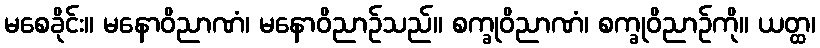
မစေခိုင်း။ မနောဝိညာဏံ၊ မနောဝိညာဉ်သည်။ စက္ခုဝိညာဏံ၊ စက္ခုဝိညာဉ်ကို။ ယတ္ထ၊